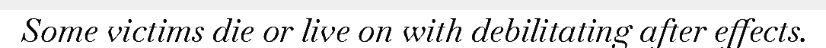
Some victims die or live on with debilitating after effects.